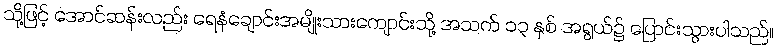
သို့ဖြင့် အောင်ဆန်းလည်း ရေနံချောင်းအမျိုးသားကျောင်းသို့ အသက် ၁၃ နှစ် အရွယ်၌ ပြောင်းသွားပါသည်။